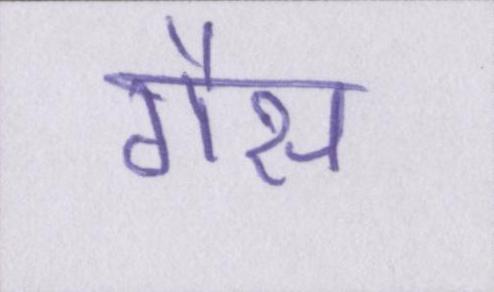
गैस